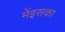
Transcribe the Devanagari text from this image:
मेंइसका